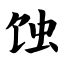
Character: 蚀